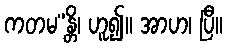
ကတမ”န္တိ၊ ဟူ၍။ အာဟ၊ ပြီ။